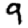
Digit: 9